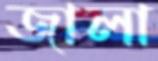
জালা